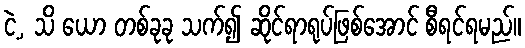
ငဲ့, သိ ယော တစ်ခုခု သက်၍ ဆိုင်ရာရုပ်ဖြစ်အောင် စီရင်ရမည်။